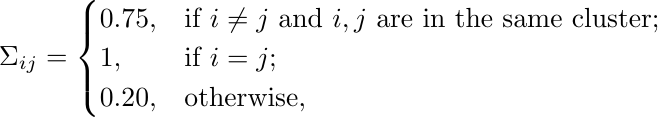
\begin{equation*}
\Sigma_{ij} = \begin{cases}
0.75, & \mbox{if } i\neq j \mbox{ and } i, j \mbox{ are in the same cluster};\\
 1, & \mbox{if } i = j;\\
0.20, & \mbox{otherwise},
 \end{cases}
\end{equation*}